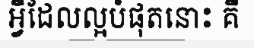
អ្វីដែលល្អបំផុតនោះ គឺ